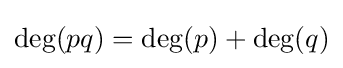
\deg(pq)=\deg(p)+\deg(q)